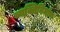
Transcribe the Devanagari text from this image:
व्यक्तिनिर्माण